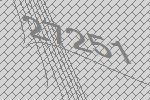
27251